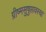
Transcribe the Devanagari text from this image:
ग्रीष्मसुषुप्तावस्था